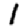
Digit: 1